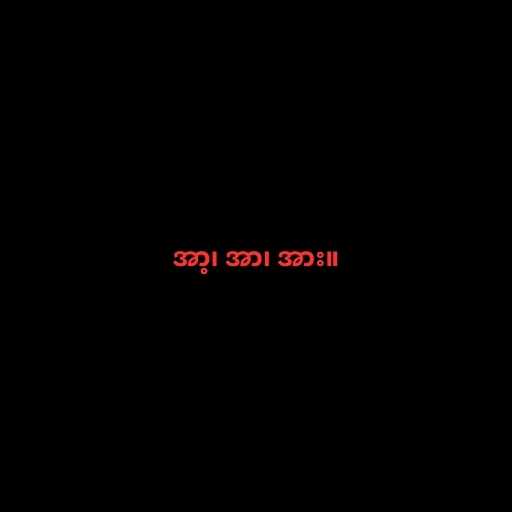
အာ့၊ အာ၊ အား။